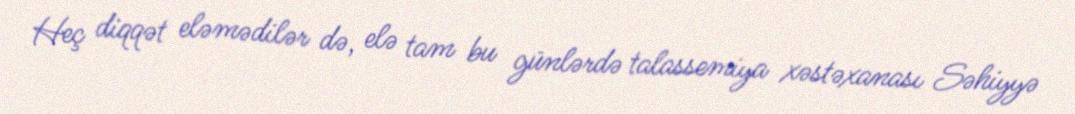
Heç diqqət eləmədilər də, elə tam bu günlərdə talassemiya xəstəxanası Səhiyyə